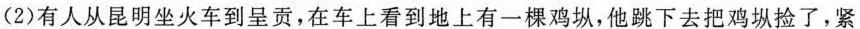
(2)有人从昆明坐火车到呈贡，在车上看到地上有一棵鸡纵，他跳下去把鸡纵捡了，紧